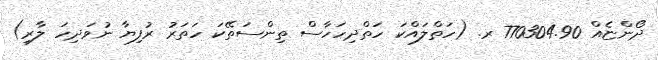
ދޯންޏެއް 770304.90 ރ. (ހަތްލައްކަ ހަތްދިހަހާސް ތިންސަތޭކަ ހަތަރު ރުފިޔާ ނުވަދިހަ ލާރި)